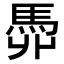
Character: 𩢓